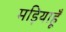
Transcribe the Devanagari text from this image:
मड़ियाहूँ